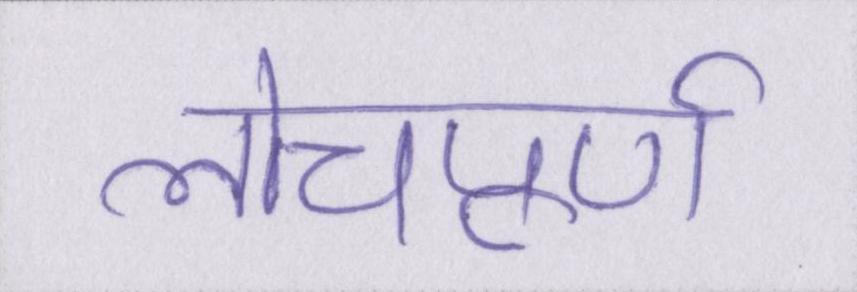
लोचपूर्ण